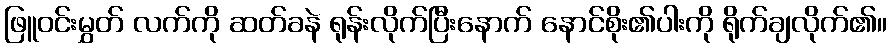
ဖြူဝင်းမွှတ် လက်ကို ဆတ်ခနဲ ရုန်းလိုက်ပြီးနောက် နောင်စိုး၏ပါးကို ရိုက်ချလိုက်၏။